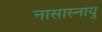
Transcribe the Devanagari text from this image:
नासास्नायु